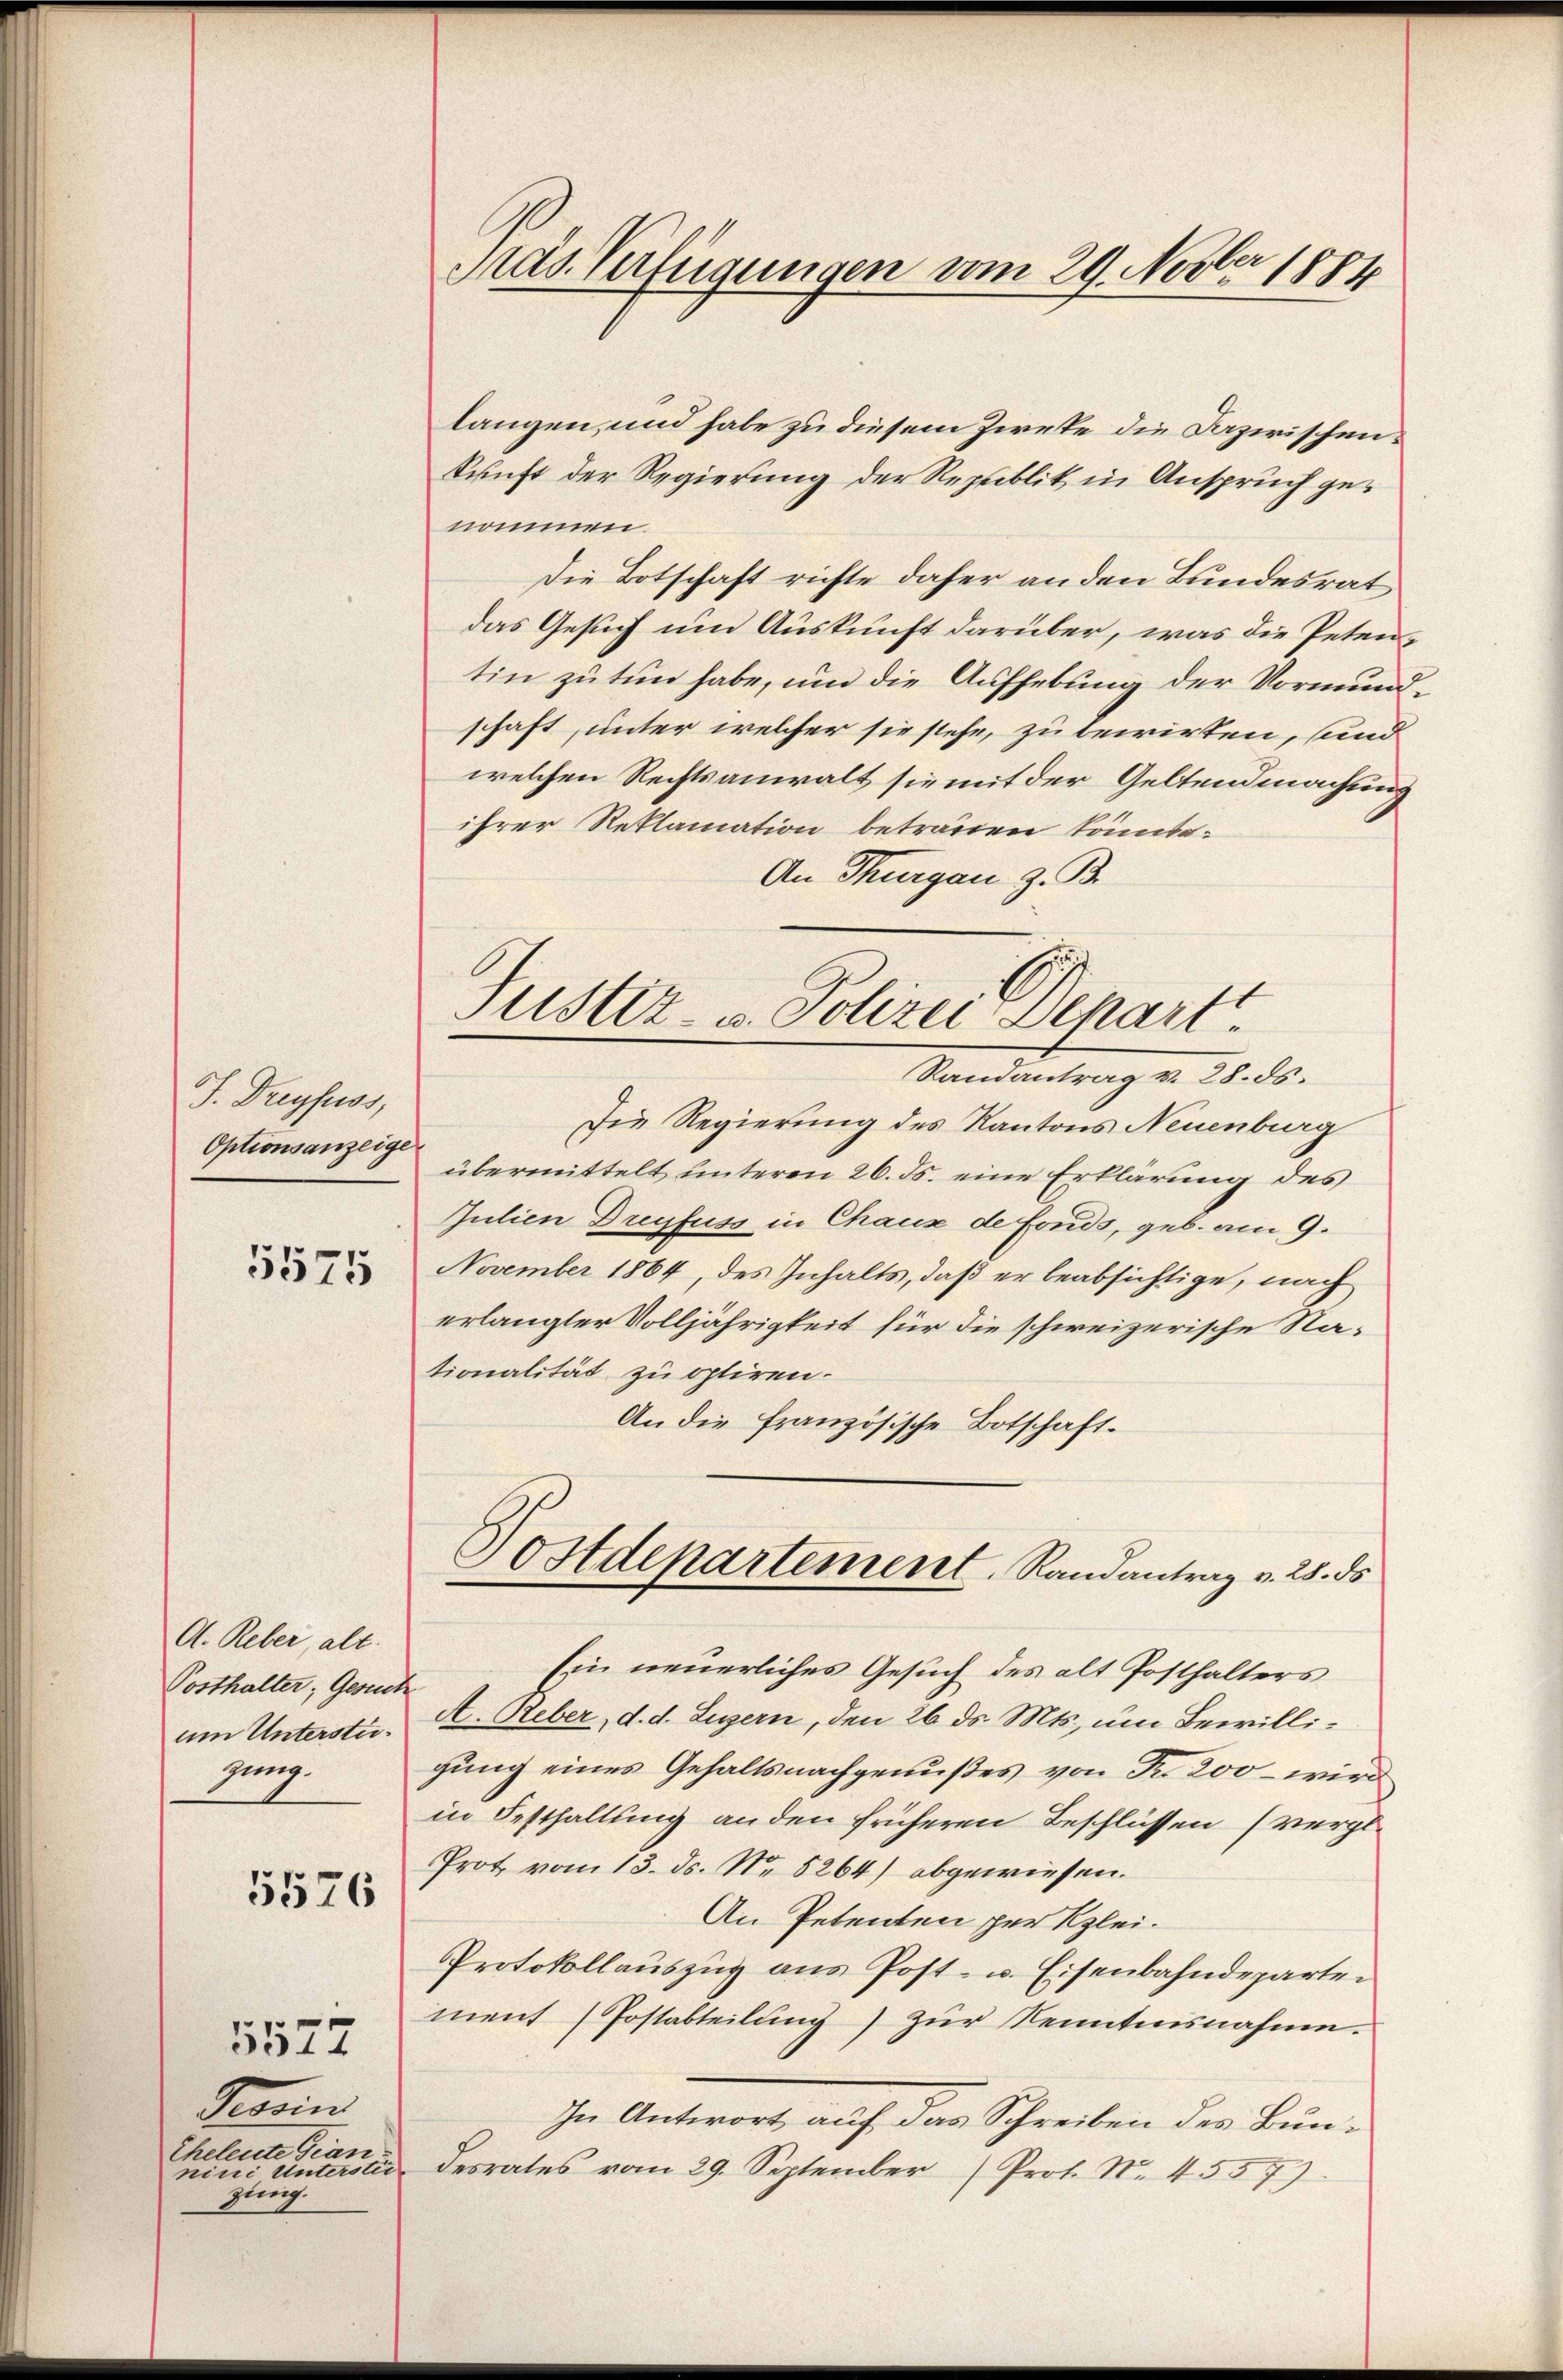
J. Dreyfuss,
Optionsanzeige

5575

A. Reber, alt.
Posthalter; Gesuch
um Unterstügung.

5576

5577

Perein
Cheleute Dian
nini Unterstei
zing.

Mas Verfügungen vom 29. Novber 1884

langen, und habe zu diesem Zweke die Dazirischenkunft der Regierung der Republik in Anspruch genommen.
Die Botschaft richte daher an den Bundesrat
das Gesuch und Auskunft darüber, was die Petentin zu tun habe, und die Aufhebung der Vormundschaft, unter welcher sie stehe, zu bewirken, und
welchen Rechtsanwalt sie mit der Geltendmachung
ihrer Reklamation betrauen könnte.
An Thurgau z. B.

Justiz- u. Polizei Depart
Randantrag v. 28. ds.

Die Regierung des Kantons Neuenburg
übermittelt unteren 26. ds. eine Erklärung des
Julien Dreyfuss in Chaus de Fonds, geb. am 9.
November 1864, des Inhalts, daß er beabsichtige, nach
erlangter Volljährigkeit für die schweizerische Nationalität zu optiren.
An die französische Botschaft.
Ein neuerliches Gesuch des alt Posthalters
A. Geber, d. d. Luzern, den 26. ds. Mts., um Bewilligung eines Gehaltsnachgenußes von Fr. 200 – wird
in Festhaltung anden früheren Beschlüssen (vergl.
Prot vom 13. ds. Nr. 5264) abgewiesen.
An Petenten per Klei¬
Protokollauszug aus Post- u. Eisenbahndepartement (Postabteilŭng zŭr Kenntnisnahme.
In Antwort auf das Schreiben des Bundesrates vom 29. September (Prof. No. 4557)

Postdepartement, Randantrag v. 25. ds